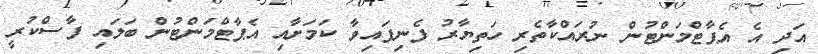
އަދި އެ އެޕާޓްމަންޓުން ނުރައްކާތެރި ހަތިޔާރު ފެނިފައިވާ ކަމަށާއި އެޕާޓްމަންޓުން ބަލައި ފާސްކުރީ